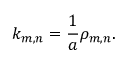
k _ { m , n } = { \frac { 1 } { a } } \rho _ { m , n } .